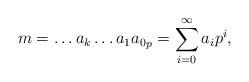
LaTeX: \begin{align*}m={\dots a_{k} \dots a_1 a_0}_p=\sum_{i=0}^{\infty} a_i p^i,\end{align*}